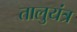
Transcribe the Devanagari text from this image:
तालुयंत्र